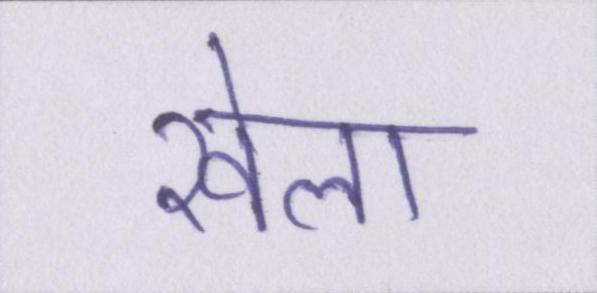
खेला